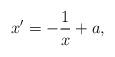
LaTeX: \begin{align*}x'=-\frac{1}{x}+a,\end{align*}